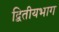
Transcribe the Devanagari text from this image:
द्वितीयभाग